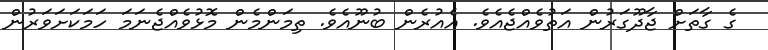
ގެ ގާތަށް ޖާދޫގަރުން އަތުވެއްޖެއެވެ. އެއުރެން ބުނޫއެވެ. ތިމަންމެން މޮޅުވެއްޖެނަމަ ހަމަކަށަވަރުން